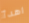
اهدأ